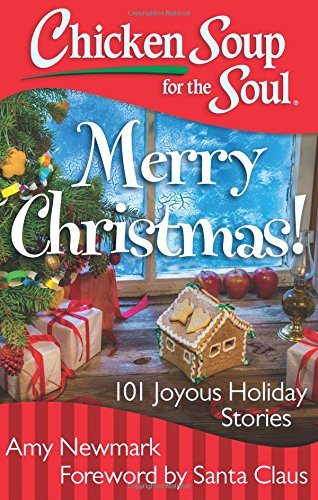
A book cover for Chicken Soup for the Soul: Merry Christmas!: 101 Joyous Holiday Stories; Amy Newmark; Christian Books & Bibles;